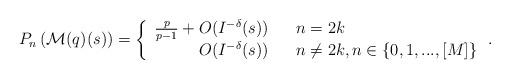
LaTeX: \begin{align*} P_{n} \left( \mathcal{M} (q) (s) \right) = \left\{ \begin{array}{rcl} \frac{p}{p-1} + O(I^{-\delta}(s)) & & n = 2k \\ O(I^{-\delta}(s)) & & n \ne 2k, n \in \{0,1,...,[M]\} \end{array} \right. .\end{align*}